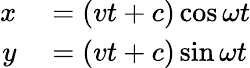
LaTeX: \begin{array}{rl}{x}&{{}=(vt+c)\cos\omega t}\\ {y}&{{}=(vt+c)\sin\omega t}\end{array}